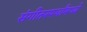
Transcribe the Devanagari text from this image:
संगीतस्पर्धांमध्ये